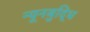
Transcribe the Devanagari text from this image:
न्यूनबुद्धि